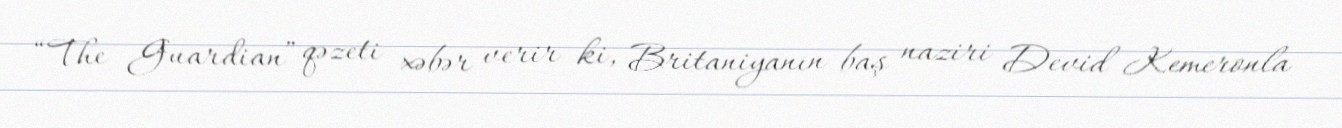
“The Guardian” qəzeti xəbər verir ki, Britaniyanın baş naziri Devid Kemeronla